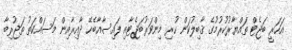
އަހަރީ ބަޖެޓް ތައްޔާރުކުރުމުގެ ޤާބިލުކަން ހުރި މިންވަރުބަޖެޓާއި ފައިސާއާބެހޭ ދާއިރާއިން މަސައްކަތު ތަޖުރިބާ